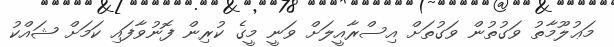
މަޢުލޫމާތު ވަގުތުން ވަގުތަށް އިސްރާއީލަށް ވަނީ މީގެ ކުރިން ފޮނުވާފައި ކަމަށް ޝައްކު